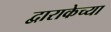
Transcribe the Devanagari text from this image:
द्वाराकेच्या